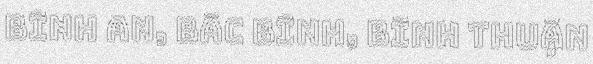
Bình An, Bắc Bình, Bình Thuận